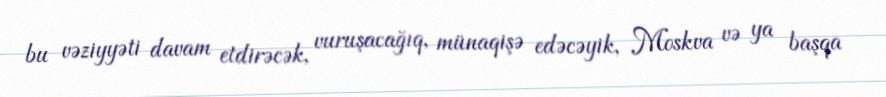
bu vəziyyəti davam etdirəcək, vuruşacağıq, münaqişə edəcəyik, Moskva və ya başqa